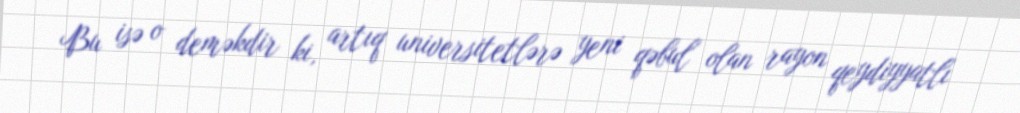
Bu isə o deməkdir ki, artıq universitetlərə yeni qəbul olan rayon qeydiyyatlı